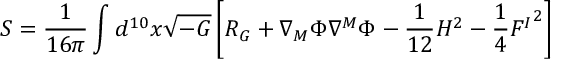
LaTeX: S = \frac { 1 } { 1 6 \pi } \int d ^ { 1 0 } x \sqrt { - G } \left[ R _ { G } + \nabla _ { M } \Phi \nabla ^ { M } \Phi - \frac { 1 } { 1 2 } H ^ { 2 } - \frac 1 4 { F ^ { I } } ^ { 2 } \right]